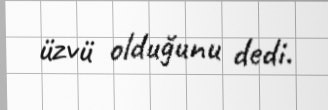
üzvü olduğunu dedi.